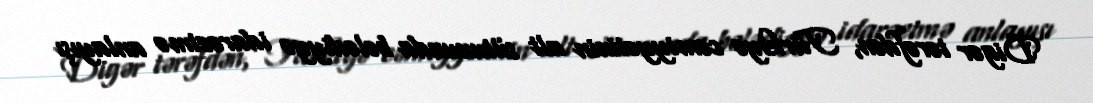
Digər tərəfdən, Türkiyə cəmiyyətinin alt sütununda bələdiyyə idarəetmə anlayışı